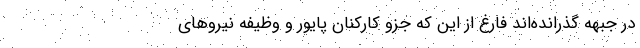
در جبهه گذرانده‌اند فارغ از این که جزو کارکنان پایور و وظیفه نیروهای